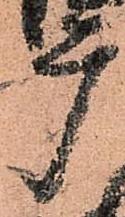
广